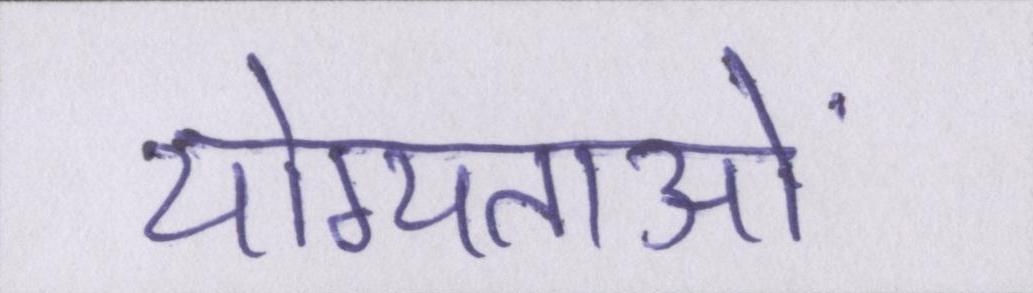
योग्यताओं